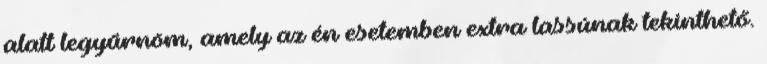
alatt legyűrnöm, amely az én esetemben extra lassúnak tekinthető.